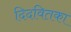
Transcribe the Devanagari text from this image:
दिदवितका